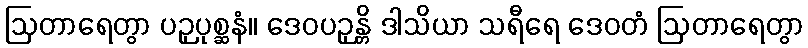
ဩတာရေတွာ ပဉှပုစ္ဆနံ။ ဒေဝပဉှန္တိ ဒါသိယာ သရီရေ ဒေဝတံ ဩတာရေတွာ